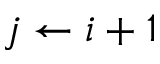
j \gets i + 1